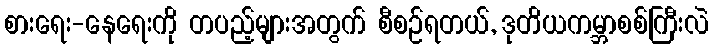
စားရေး-နေရေးကို တပည့်များအတွက် စီစဉ်ရတယ်, ဒုတိယကမ္ဘာစစ်ကြီးလဲ